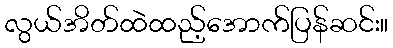
လွယ်အိတ်ထဲထည့်အောက်ပြန်ဆင်း။